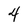
Character: 4